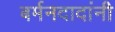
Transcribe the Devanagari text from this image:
बर्मनदादांनी